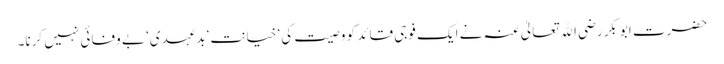
حضرت ابوبکر رضی اﷲ تعالیٰ عنہ نے ایک فوجی قائد کو وصیت کی‘ خیانت‘ بدعہدی‘ بے وفائی نہیں کرنا۔